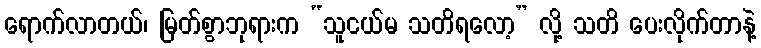
ရောက်လာတယ်၊ မြတ်စွာဘုရားက “သူငယ်မ သတိရလော့” လို့ သတိ ပေးလိုက်တာနဲ့